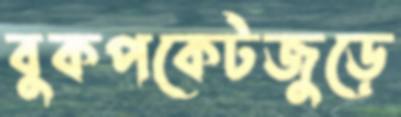
বুকপকেটজুড়ে